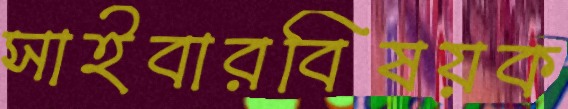
সাইবারবিষয়ক